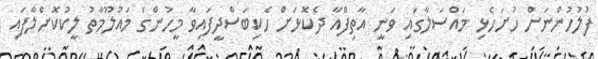
ފުލުހުންނަށް ހުށަހެޅި މައްސަލާގައި ވަނީ އާތިފްއާ ދެކޮޅަށް ހެކިބަސްދީފައިވާ މީހުންގެ މަައުލޫމާތު ލީކުކޮށްލާފައި